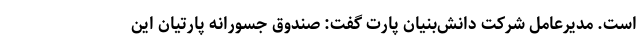
است. مدیرعامل شرکت دانش‌بنیان پارت گفت: صندوق جسورانه پارتیان این